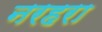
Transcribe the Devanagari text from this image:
नरहरा